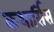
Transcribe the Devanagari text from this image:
कथार्सिस